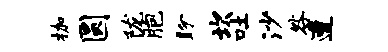
枷圆陇胞盼坎吐沙咎遭